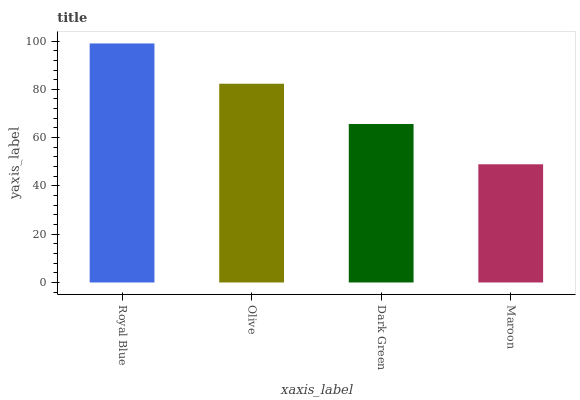
| xaxis_label | bars |
 | --- | --- |
 | Royal Blue | 99 |
 | Olive | 82.3 |
 | Dark Green | 65.6 |
 | Maroon | 49 |